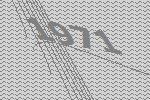
1971